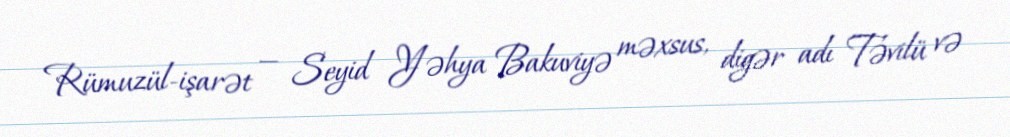
Rümuzül-işarət — Seyid Yəhya Bakuviyə məxsus, digər adı Təvilü və